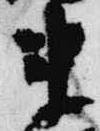
来